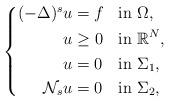
LaTeX: \begin{align*}\left\{\begin{aligned}(-\Delta)^s u&=f && \mbox{in } \Omega,\\{u}&\geq0&& \mbox{in } \mathbb{R}^{N},\\u&=0 && \mbox{in } \Sigma_1,\\\mathcal{N}_s u&=0 &&\mbox{in }\Sigma_2,\end{aligned}\right.\end{align*}